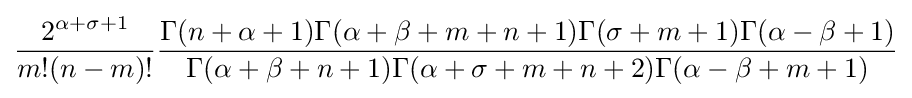
{\frac {2^{\alpha +\sigma +1}}{m!(n-m)!}}{\frac {\Gamma (n+\alpha +1)\Gamma (\alpha +\beta +m+n+1)\Gamma (\sigma +m+1)\Gamma (\alpha -\beta +1)}{\Gamma (\alpha +\beta +n+1)\Gamma (\alpha +\sigma +m+n+2)\Gamma (\alpha -\beta +m+1)}}